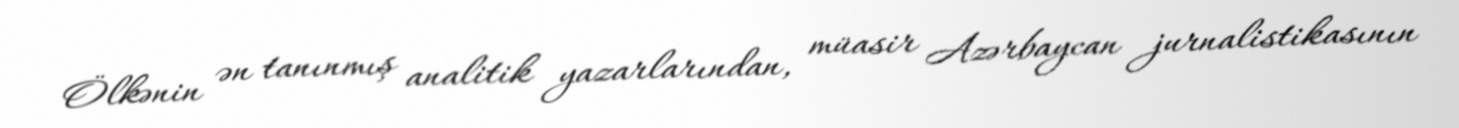
Ölkənin ən tanınmış analitik yazarlarından, müasir Azərbaycan jurnalistikasının